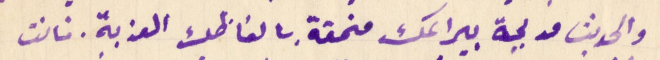
والحديث مدبجة بيراعك منمقة بالفاظك العذبة. فانت